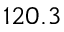
1 2 0 . 3